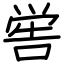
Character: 喾